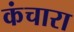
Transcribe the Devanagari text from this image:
कंचारा